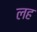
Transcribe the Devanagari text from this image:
लह